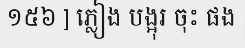
១៥៦ ] ភ្លៀង បង្អុរ ចុះ ផង